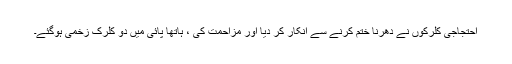
احتجاجی کلرکوں نے دھرنا ختم کرنے سے انکار کر دیا اور مزاحمت کی ، ہاتھا پائی میں دو کلرک زخمی ہوگئے۔